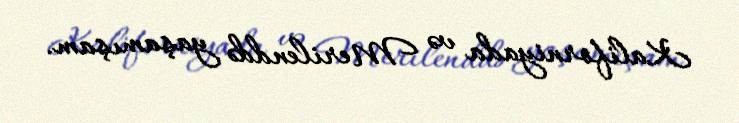
Kaliforniyada və Merilenddə yaşamışam.